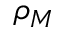
\rho _ { M }